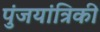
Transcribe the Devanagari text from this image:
पुंजयांत्रिकी